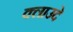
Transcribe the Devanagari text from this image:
क्लाउदे